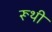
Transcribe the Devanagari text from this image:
रूथी